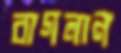
বাগলান